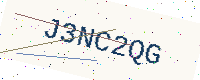
Text: J3NC2QG